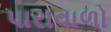
પારાવાળો